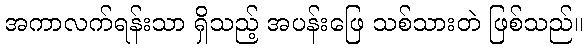
အကာလက်ရန်းသာ ရှိသည့် အပန်းဖြေ သစ်သားတဲ ဖြစ်သည်။